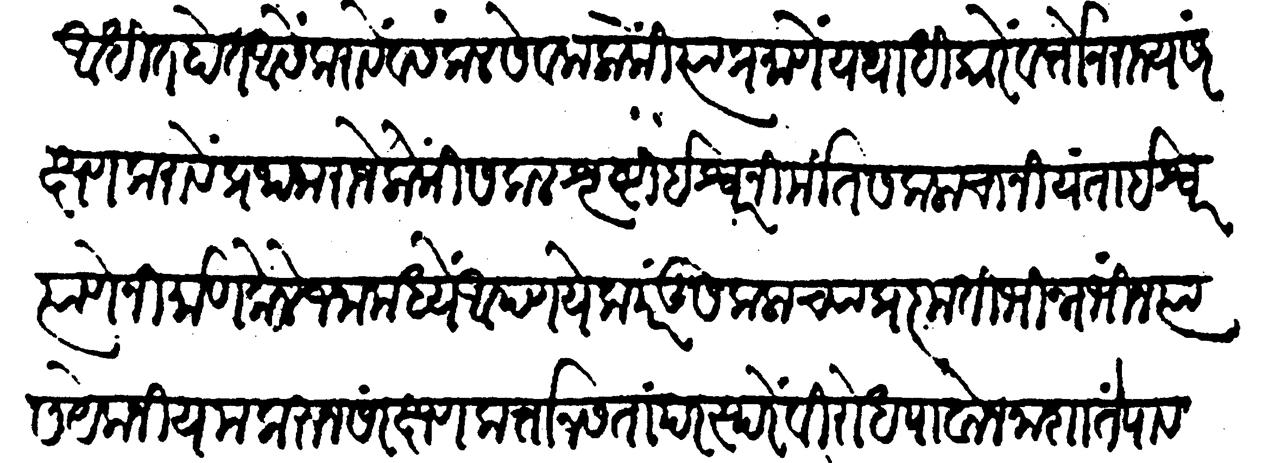
Transliteration (Devanagari): आधीत होत आसें करावें व सकल लोकीं त्याप्रमाणें यथाधिकारें वर्तोन राज्य संरक्षण करावें प्रथम राजे लोकीं सकल सृष्टी ईश्वर निर्मित सकलांचा नियंता ईश्वर त्याणे निर्माण केले जनामध्ये आपण येक परंतु सकलांच्या प्रकृति मिन्नभिन्न त्यास येक नियम करुन संरक्षण कर्ता नसता परस्परें विरोध पावोन नाशातें पावतील